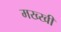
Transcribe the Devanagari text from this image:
मख्खी